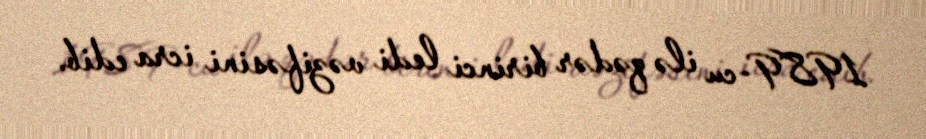
1989-cu ilə qədər birinci ledi vəzifəsini icra edib.